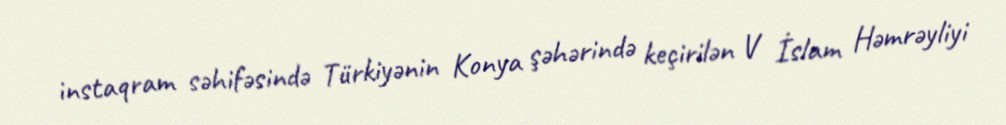
instaqram səhifəsində Türkiyənin Konya şəhərində keçirilən V İslam Həmrəyliyi